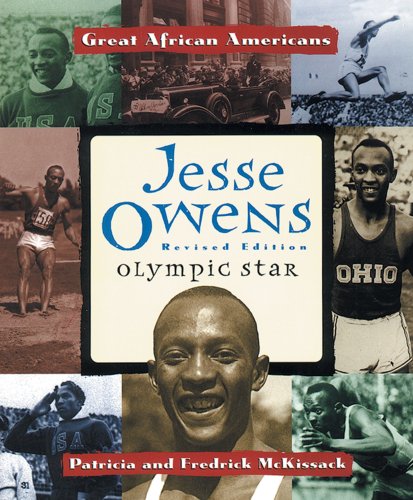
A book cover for Jesse Owens: Olympic Star (Great African Americans Series); Patricia McKissack; Children's Books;